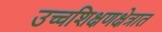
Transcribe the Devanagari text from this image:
उच्चशिक्षणक्षेत्रात